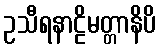
ဥသီရနာဠိမတ္တာနိပိ